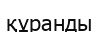
құранды